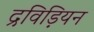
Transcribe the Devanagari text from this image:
द्रविड़ियन